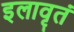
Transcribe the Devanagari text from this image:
इलावृतं